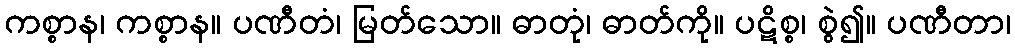
ကစ္စာန၊ ကစ္စာန။ ပဏီတံ၊ မြတ်သော။ ဓာတုံ၊ ဓာတ်ကို။ ပဋိစ္စ၊ စွဲ၍။ ပဏီတာ၊